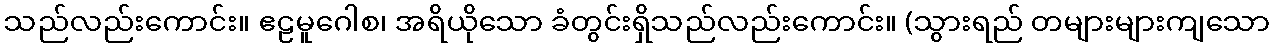
သည်လည်းကောင်း။ ဧဠမူဂေါစ၊ အရိယိုသော ခံတွင်းရှိသည်လည်းကောင်း။ (သွားရည် တများများကျသော